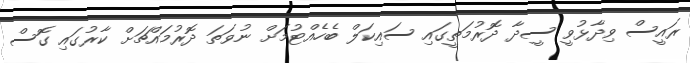
ރައީސް ވިދާޅުވީ ސީދާ ދޮރުމަތީގައި ސައިކަލް ބެހެއްޓުމަށް ނުވަތަ ދޮރުމައްޗަށް ކާރުގައި ގޮސް